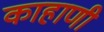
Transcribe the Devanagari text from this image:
काहाणी